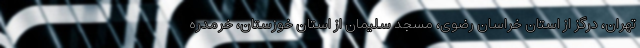
تهران، درگز از استان خراسان رضوی، مسجد سلیمان از استان خوزستان، خرمدره